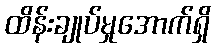
ထိန်းချုပ်မှုအောက်ရှိ